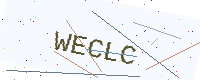
Text: WECLC